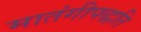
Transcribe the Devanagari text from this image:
मातंगीपद्धति